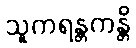
သူကရန္တကန္တိ